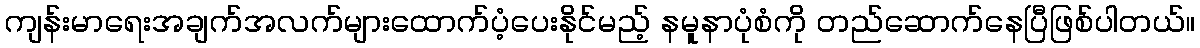
ကျန်းမာရေးအချက်အလက်များထောက်ပံ့ပေးနိုင်မည့် နမူနာပုံစံကို တည်ဆောက်နေပြီဖြစ်ပါတယ်။